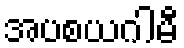
အပစယဂါမီ